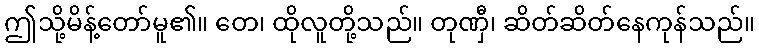
ဤသို့မိန့်တော်မူ၏။ တေ၊ ထိုလူတို့သည်။ တုဏှီ၊ ဆိတ်ဆိတ်နေကုန်သည်။